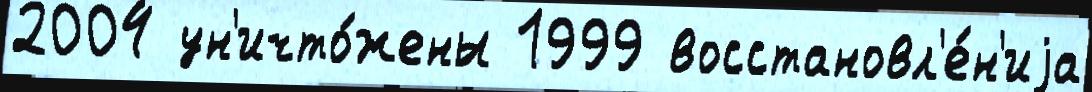
2004 ун'ичто́жены 1999 восстановл'е́н'иjа